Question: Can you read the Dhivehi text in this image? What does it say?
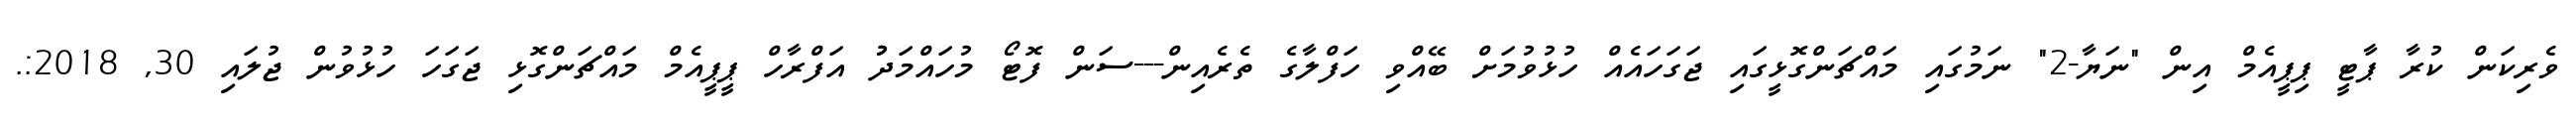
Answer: ވެރިކަން ކުރާ ޕާޓީ ޕިޕީއެމް އިން "ނަޔާ-2" ނަމުގައި މައްޗަންގޮޅީގައި ޖަގަހައެއް ހުޅުވުމަށް ބޭއްވި ހަފްލާގެ ތެރެއިން---ސަން ފޮޓޯ މުހައްމަދުު އަފްރާހް ޕީޕީއެމް މައްޗަންގޮޅި ޖަގަހަ ހުޅުވުން ޖުލައި 30, 2018:.